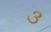
૩